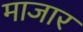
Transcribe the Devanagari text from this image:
माजार